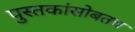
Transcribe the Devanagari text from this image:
पुस्तकांसोबतच